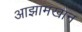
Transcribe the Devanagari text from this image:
आझामखान